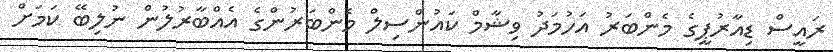
ރައީސް ޑިއާރުޕީގެ މެންބަރު އަހުމަދު ވިޝާމް ކައުންސިލް މެންބަރުންގެ އެއްބާރުލުން ނުލިބޭ ކަމަށް